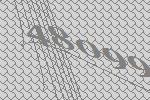
48099